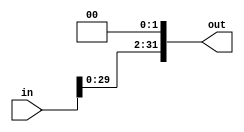
`timescale 1ns / 1ps

//shift left 2

module shiftleft(
	input wire[31:0] in,
	output wire[31:0] out
    );

	assign out = {in[29:0],2'b00};
endmodule